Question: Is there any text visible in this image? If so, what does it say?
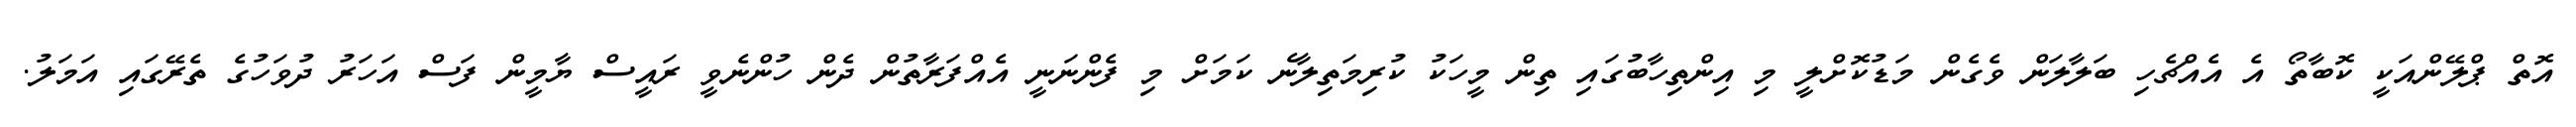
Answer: އޮތް ޕްލޭންއަކީ ކޮބާތޯ އެ އެއްޗެހި ބަލާލަން ވެގެން މަޑުކޮށްލީ މި އިންތިހާބުގައި ތިން މީހަކު ކުރިމަތިލާނެ ކަމަށް މި ފެންނަނީ އެއްފަރާތުން ދެން ހުންނެވީ ރައީސް ޔާމީން ފަސް އަހަރު ދުވަހުގެ ތެރޭގައި އަމަލު.